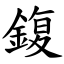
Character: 鍑